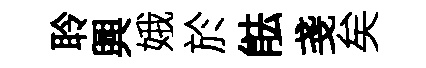
聆興娥於䏻戔矣